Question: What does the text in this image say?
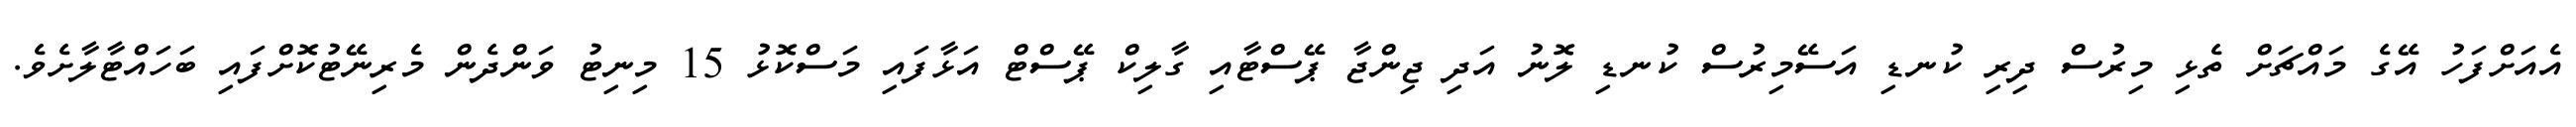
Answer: އެއަށްފަހު އޭގެ މައްޗަށް ތެޅި މިރުސް ދިރި ކުނޑި އަސޭމިރުސް ކުނޑި ލޮނު އަދި ޖިންޖާ ޕޭސްޓާއި ގާލިކް ޕޭސްޓް އަޅާފައި މަސްކޮޅު 15 މިނިޓު ވަންދެން މެރިނޭޓުކޮށްފައި ބަހައްޓާލާށެވެ.